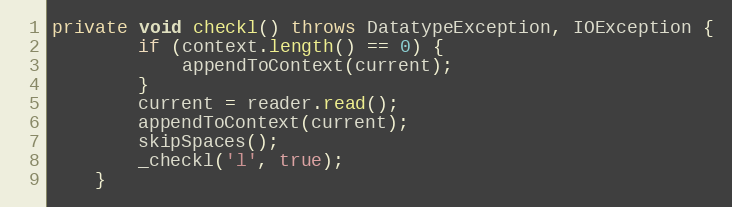
Language: Java
private void checkl() throws DatatypeException, IOException {
        if (context.length() == 0) {
            appendToContext(current);
        }
        current = reader.read();
        appendToContext(current);
        skipSpaces();
        _checkl('l', true);
    }